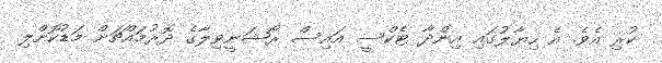
ކުރި އެވެ. އެ ހިޔާލުގައި އިންދާ ޓެކްސީ އައިސް ރޯޝަނީވިލާގެ ދޮރުމައްޗަށް މަޑުކޮށްލި